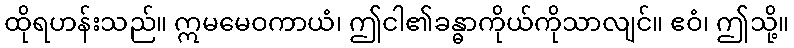
ထိုရဟန်းသည်။ ဣမမေဝကာယံ၊ ဤငါ၏ခန္ဓာကိုယ်ကိုသာလျင်။ ဧဝံ၊ ဤသို့။